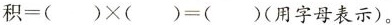
积 = ( ) \times ( ) = ( )$$(用字母表示)。